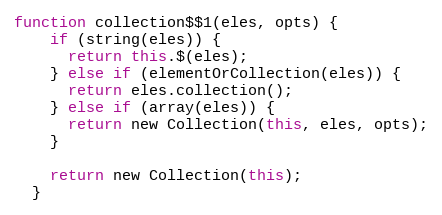
Language: JavaScript
function collection$$1(eles, opts) {
    if (string(eles)) {
      return this.$(eles);
    } else if (elementOrCollection(eles)) {
      return eles.collection();
    } else if (array(eles)) {
      return new Collection(this, eles, opts);
    }

    return new Collection(this);
  }